Account of plague administration in the Bombay Presidency from September 1896 till May 1897
Year: 1896
Disease focus: Plague
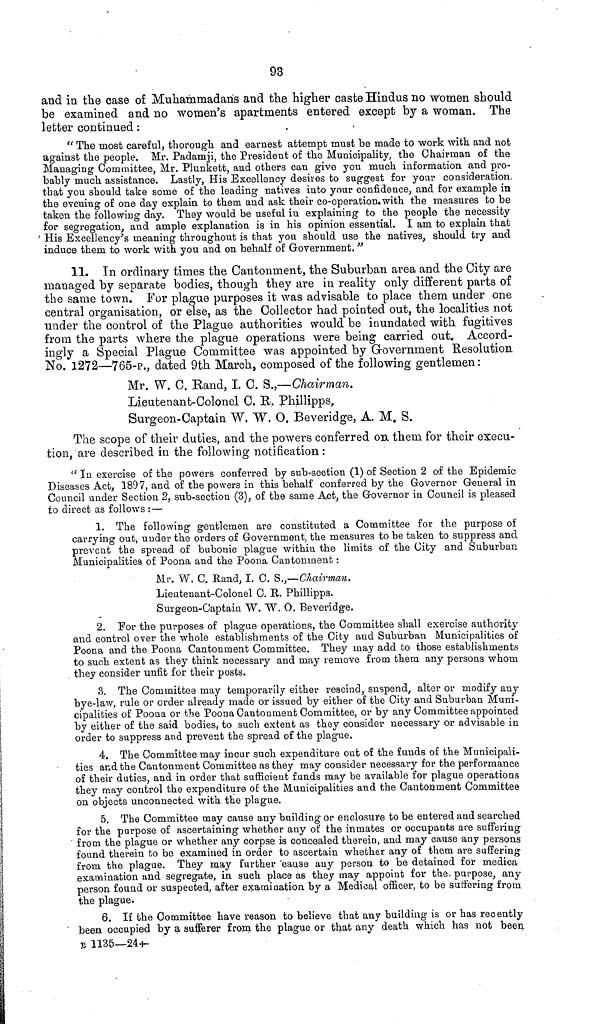
93
and in the case of Muhammadans and the higher caste Hindus no women should
be examined and no women's apartments entered except by a woman. The
letter continued :
" The most careful, thorough and earnest attempt must be made to work with and not
against the people. Mr. Padamji, the President of the Municipality, the Chairman of the
Managing Committee, Mr. Plunkett, and others can give you much information and pro-
bably much assistance. Lastly, His Excellency desires to suggest for your consideration
that you should take some of the leading natives into your confidence, and for example in
the evening of one day explain to them and ask their co-operation with the measures to be
taken the following day. They would be useful in explaining to the people the necessity
for segregation, and ample explanation is in his opinion essential. I am to explain that
His Excellency's meaning throughout is that you should use the natives, should try and
induce them to work with you and on behalf of Government. "
11. In ordinary times the Cantonment, the Suburban area and the City are
managed by separate bodies, though they are in reality only different parts of
the same town. For plague purposes it was advisable to place them under one
central organisation, or else, as the Collector had pointed out, the localities not
under the control of the Plague authorities would be inundated with fugitives
from the parts where the plague operations were being carried out. Accord-
ingly a Special Plague Committee was appointed by Government Resolution
No. 1272—765-p., dated 9th March, composed of the following gentlemen:
Mr. W. C. Rand, I. C. S.,—Chairman.
Lieutenant-Colonel C. R. Phillipps.
Surgeon-Captain W. W. O. Beveridge, A. M. S.
The scope of their duties, and the powers conferred on them for their execu-
tion,'are described in the following notification:
"In exercise of the powers conferred by sub-section (1) of Section 2 of the Epidemic
Diseases Act, 1897, and of the powers in this behalf conferred by the Governor General in
Council under Section 2, sub-section (3), of the same Act, the Governor in Council is pleased
to direct as follows:—
1. The following gentlemen are constituted a Committee for the purpose of
carrying out, under the orders of Government, the measures to be taken to suppress and
prevent the spread of bubonic plague within the limits of the City and Suburban
Municipalities of Poona and the Poona Cantonment :
Mr. W. C, Rand, I. C. S.,—Chairman,
Lieutenant-Colonel C. E. Phillipps.
Surgeon-Captain W. W. O. Beveridge.
2. For the purposes of plague operations, the Committee shall exercise authority
and control over the whole establishments of the City and Suburban Municipalities of
Poona and the Poona Cantonment Committee. They may add to those establishments
to such extent as they think necessary and may remove from them any persons whom
they consider unfit for their posts.
3. The Committee may temporarily either rescind, suspend, alter or modify any
bye-law, rule or order already made or issued by either of the City and Suburban Muni-
cipalities of Poona or the Poona Cantonment Committee, or by any Committee appointed
by either of the said bodies, to such extent as they consider necessary or advisable in
order to suppress and prevent the spread of the plague.
4. The Committee may incur such expenditure out of the funds of the Municipali-
ties and the Cantonment Committee as they may consider necessary for the performance
of their duties, and in order that sufficient funds may be available for plague operations
they may control the expenditure of the Municipalities and the Cantonment Committee
on objects unconnected with the plague.
5. The Committee may cause any building or enclosure to be entered and searched
for the purpose of ascertaining whether any of the inmates or occupants are suffering
from the plague or whether any corpse is concealed therein, and may cause any persons
found therein to be examined in order to ascertain whether any of them are suffering
from the plague. They may further cause any person to be detained for medica
examination and segregate, in such place as they may appoint for the- purpose, any
person found or suspected, after examination by a Medical officer, to be suffering from
the plague.
6. If the Committee have reason to believe that any building is or has recently-
been occupied by a sufferer from the plague or that any death which has not been
B 1135—24—